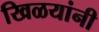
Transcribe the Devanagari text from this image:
खिळयांनी